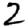
Digit: 2